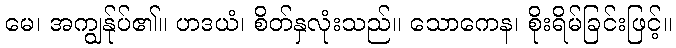
မေ၊ အကျွန်ုပ်၏။ ဟဒယံ၊ စိတ်နှလုံးသည်။ သောကေန၊ စိုးရိမ်ခြင်းဖြင့်။